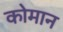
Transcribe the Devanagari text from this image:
कोमान